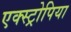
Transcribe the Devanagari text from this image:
एक्स्ट्रोपिया